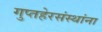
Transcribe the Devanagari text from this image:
गुप्तहेरसंस्थांना